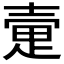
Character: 𫯃